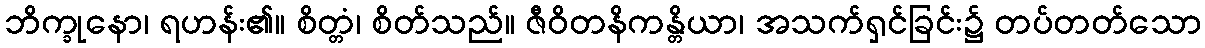
ဘိက္ခုနော၊ ရဟန်း၏။ စိတ္တံ၊ စိတ်သည်။ ဇီဝိတနိကန္တိယာ၊ အသက်ရှင်ခြင်း၌ တပ်တတ်သော